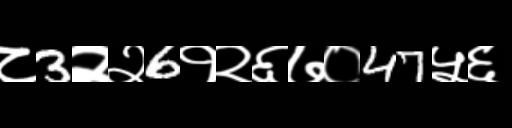
Text: ८3२२6१२६७०47५६